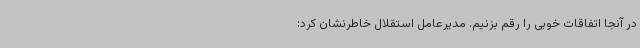
در آنجا اتفاقات خوبی را رقم بزنیم. مدیرعامل استقلال خاطرنشان کرد: